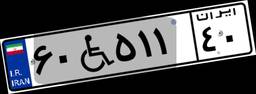
۶۰W۵۱۱۴۰